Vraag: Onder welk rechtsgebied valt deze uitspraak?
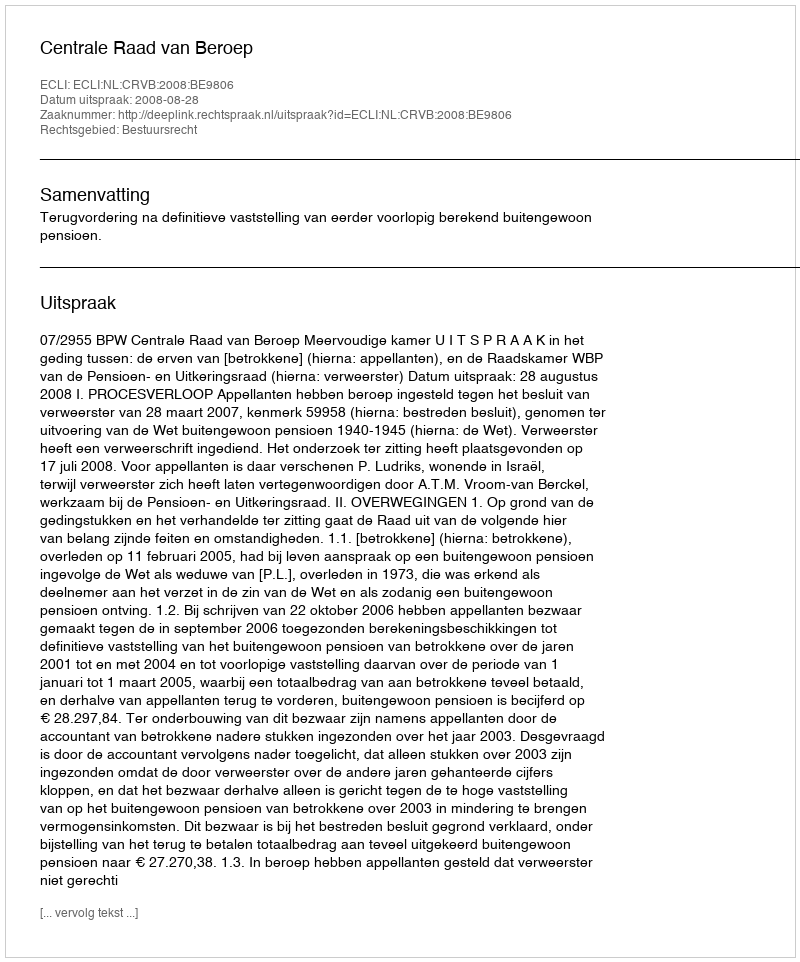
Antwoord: Bestuursrecht